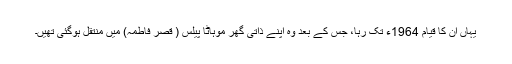
یہاں ان کا قیام 1964ء تک رہا، جس کے بعد وہ اپنے ذاتی گھر موہاٹا پیلس ( قصر فاطمہ) میں منتقل ہوگئی تھیں۔